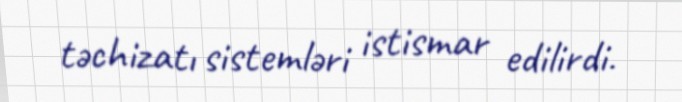
təchizatı sistemləri istismar edilirdi.